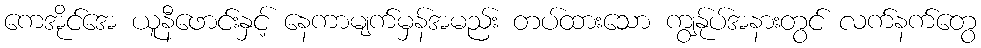
ကေအိုင်အေ ယူနီဖောင်းနှင့် နေကာမျက်မှန်အမည်း တပ်ထားသော ကျွန်ုပ်အနားတွင် လက်နက်တွေ